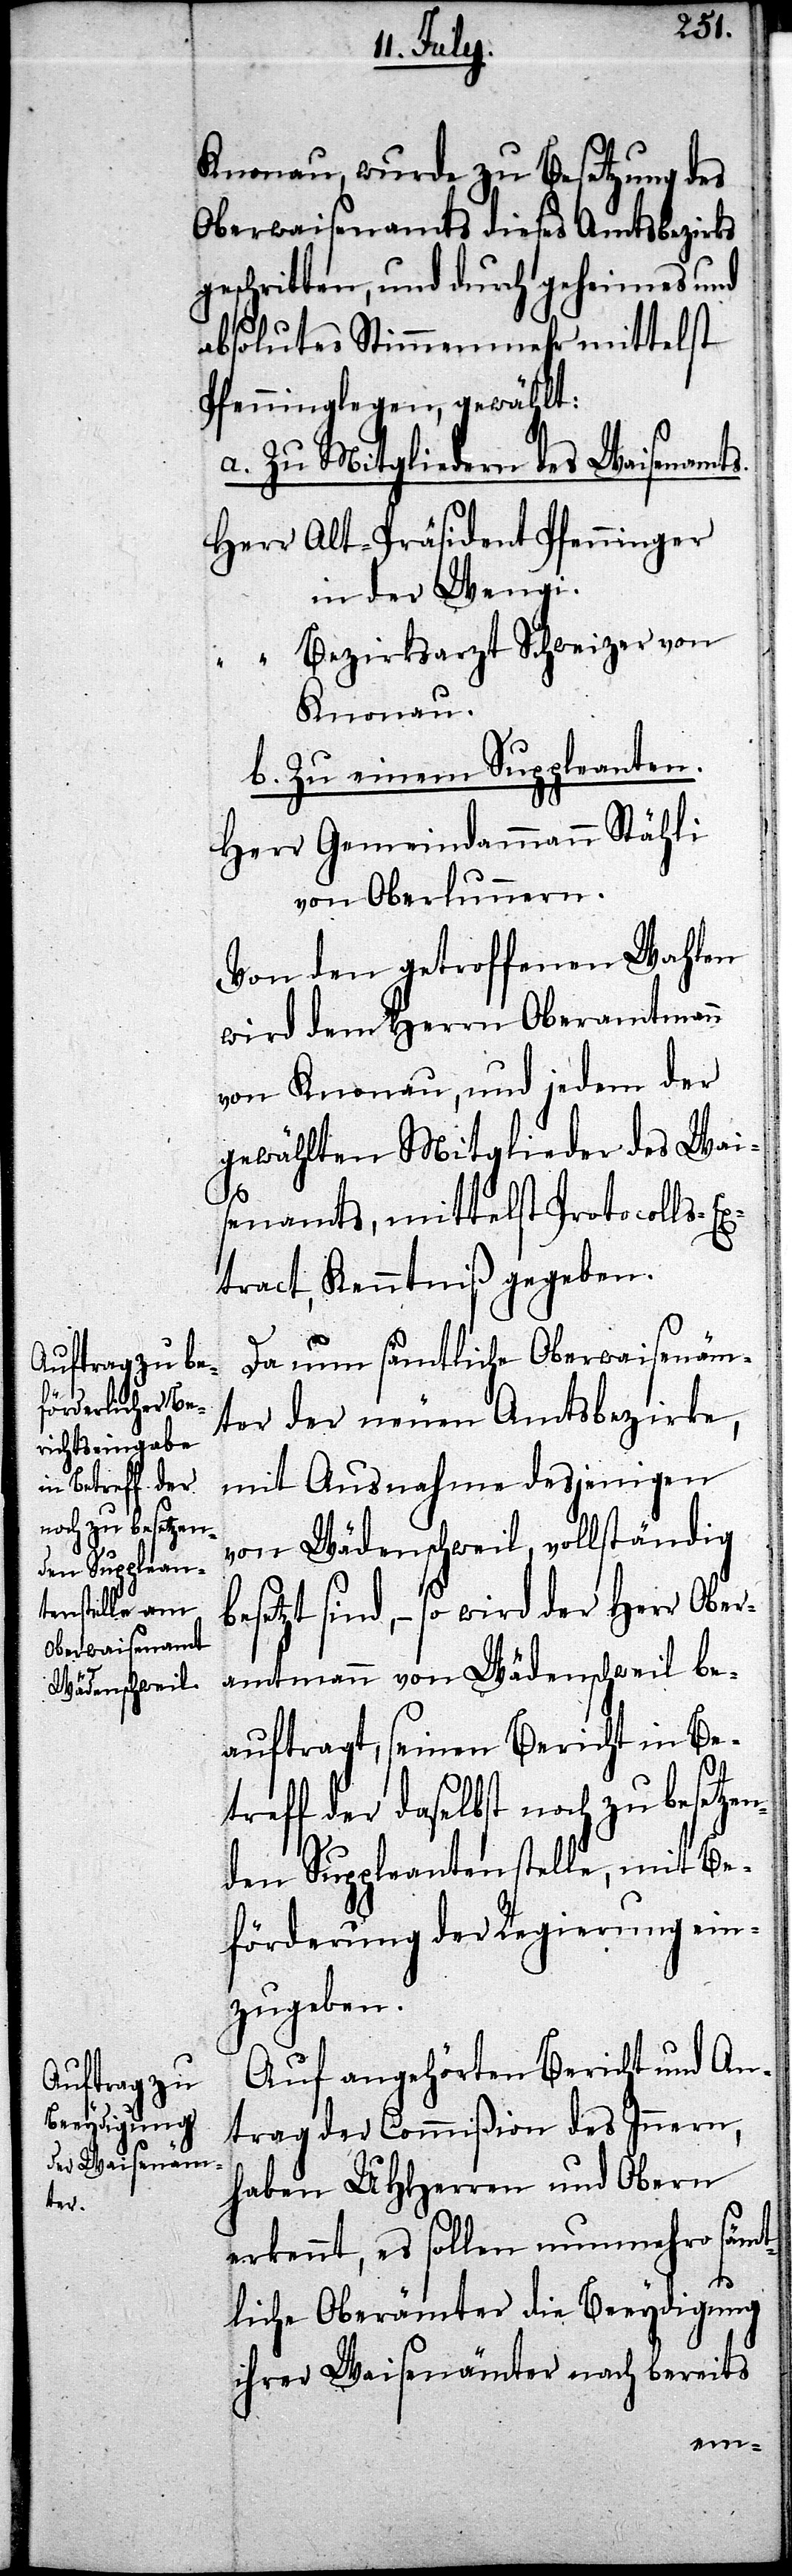
Knonau, wurde zu Besetzung des
Oberwaisenamts dieses Amtsbezirks
geschritten, und durch geheimes und
absolutes Stimmenmehr mittelst
Pfenninglegen, gewählt:
a. Zu Mitgliedern des Waisenamts.
Herrn Alt-Präsident Pfenninger
Bezirksarzt Schweizer von
Knonau.
b. Zu einem Suppleanten.
Herr Gemeindammann Stähli
von Oberlunnern.
Von den getroffenen Wahlen
wird dem Herrn Oberamtmann
von Knonau, und jedem der
gewählten Mitglieder des Wais¬
enamts, mittelst Protocolls-Ex¬
tract, Kenntniß gegeben.
Da nun sämtliche Oberwaisenäm¬
ter der neuen Amtsbezirke,
mit Ausnahme desjenigen
von Wädenschweil, vollständig
etzt sind, – so wird der Herr Ober¬
amtmann von Wädenschweil be¬
auftragt, seinen Bericht in Be¬
treff der daselbst noch zu besetzen¬
den Suppleantenstelle, mit Be¬
förderung der Regierung ein¬
zugeben.
Auf angehörten Bericht und An¬
trag der Commißion des Innern,
haben UHHerren und Obern
erkennt, es sollen nunmehro sämt¬
bes¬
liche Oberämter die Beeydigung
ihrer Waisenämter nach bereits